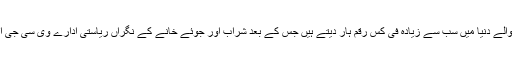
واضح رہے کہ آسٹریلیا وہ ملک ہے جہاں جوا کھیلنے والے دنیا میں سب سے زیادہ فی کس رقم ہار دیتے ہیں جس کے بعد شراب اور جوئے خانے کے نگراں ریاستی ادارے وی سی جی ایل آر نے کئی جوا خانوں کی مشینوں کا معائنہ کیا تھا۔